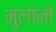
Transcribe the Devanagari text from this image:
मुलांनो